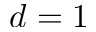
d = 1